38_143685_box_Incident_Summaries_101-172
Agency: Department of War
Page 48
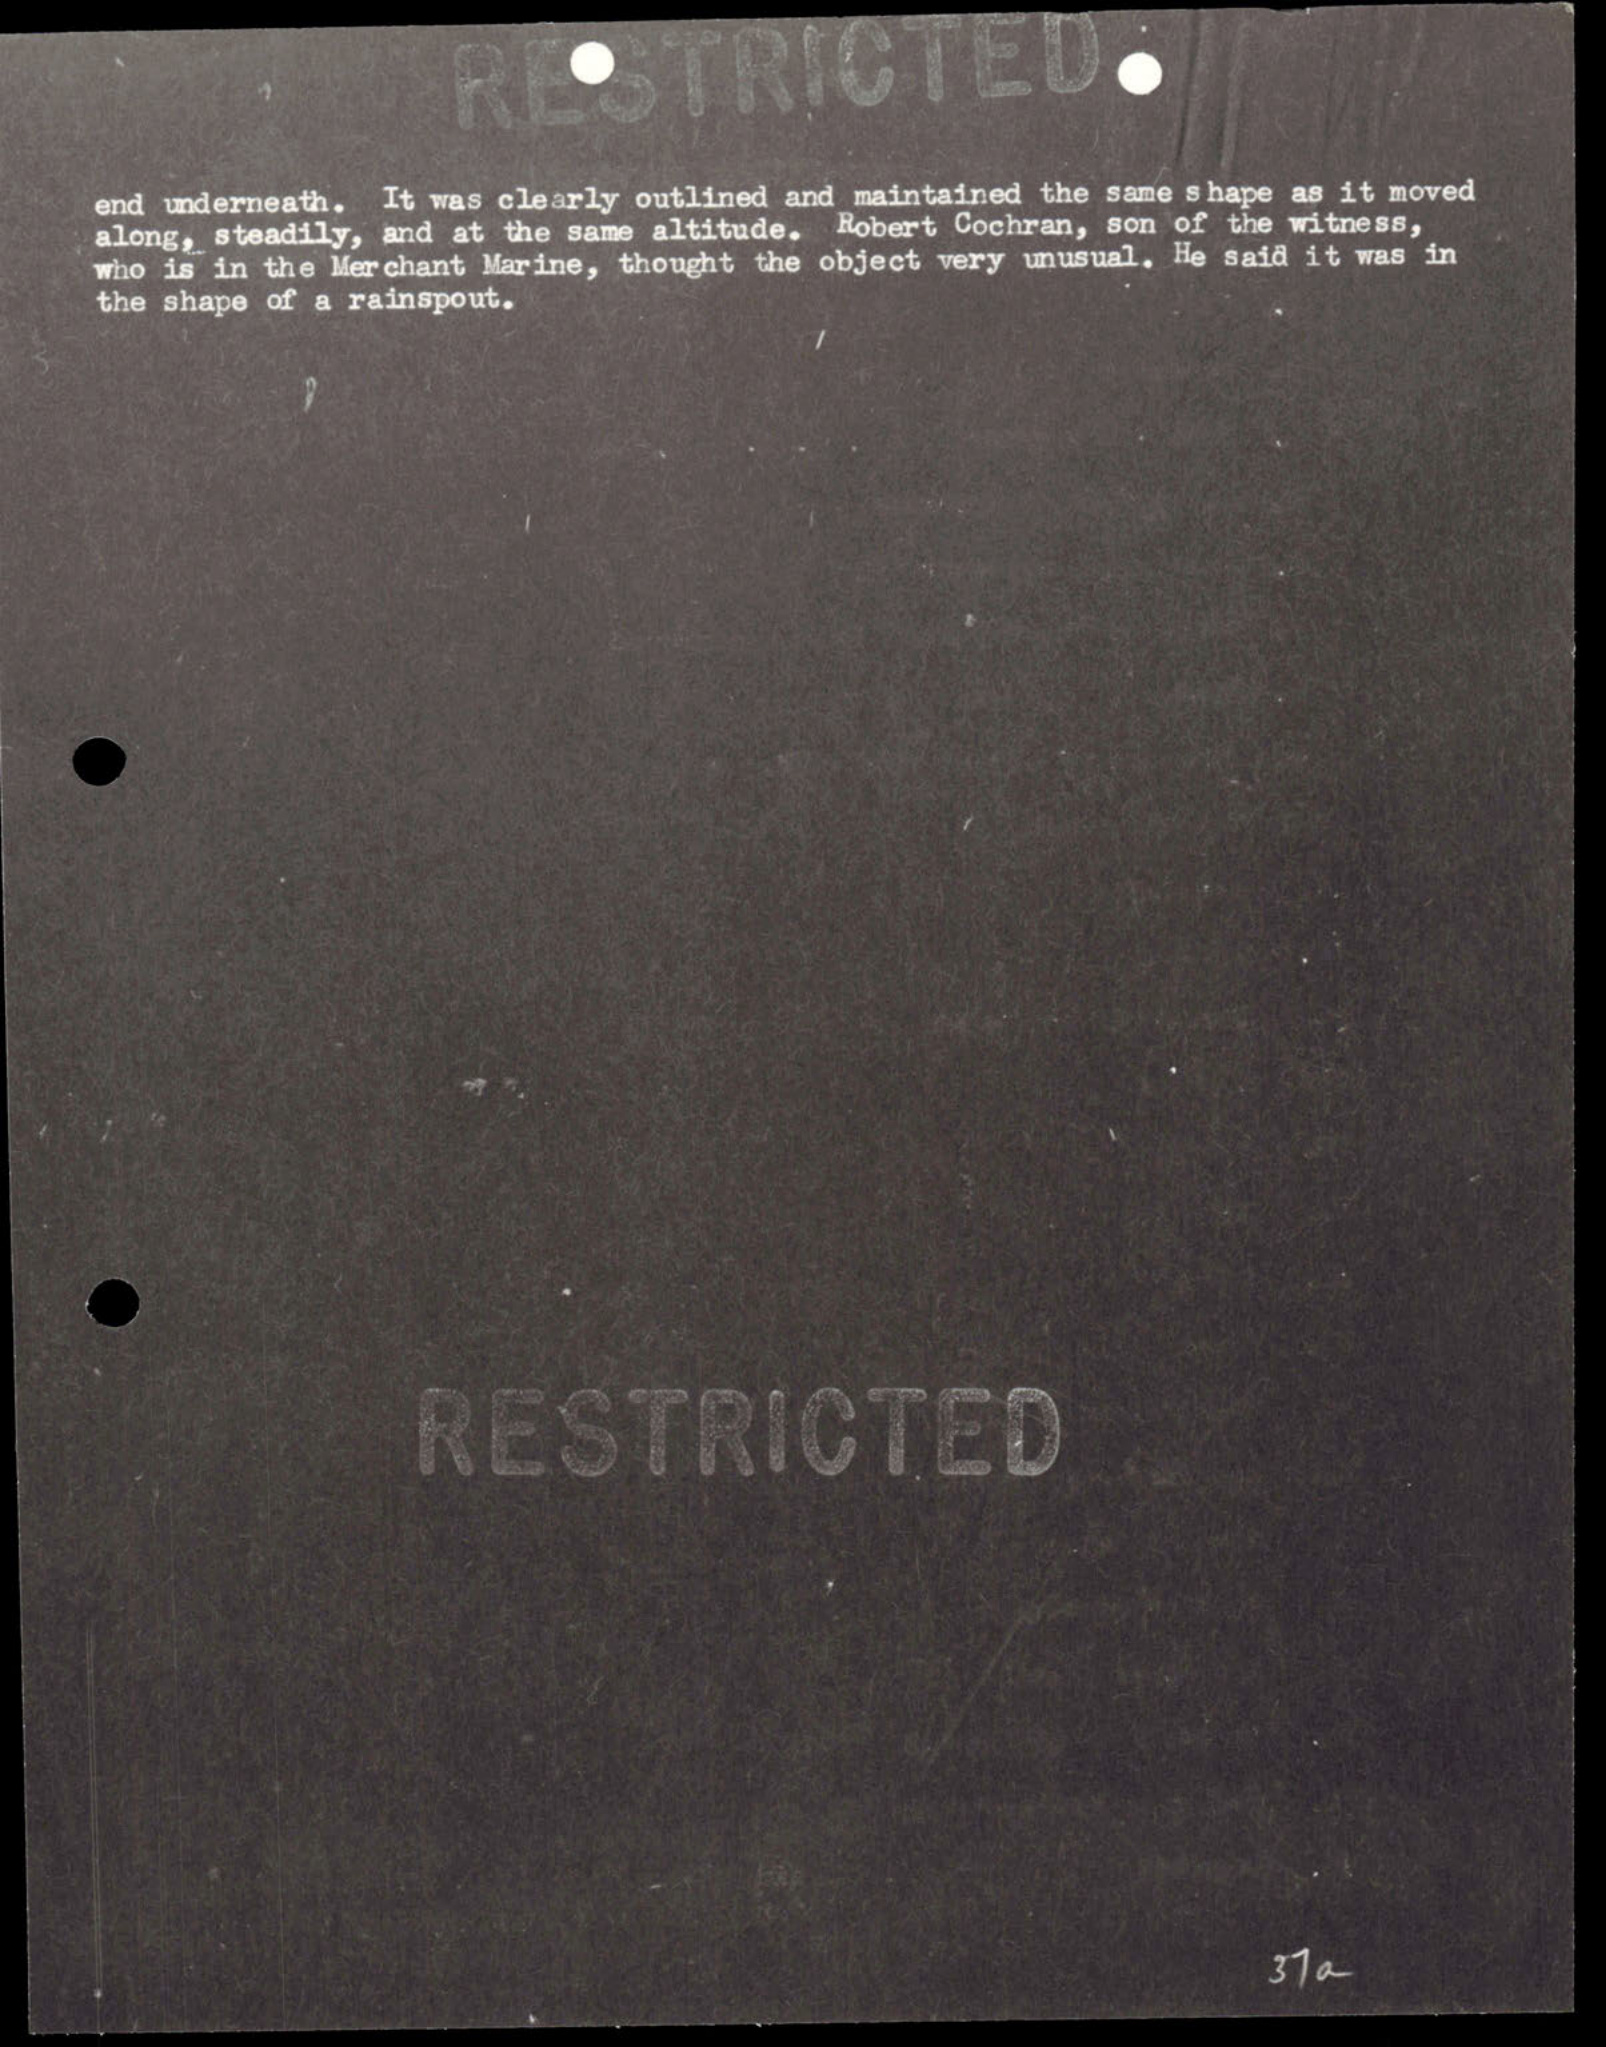